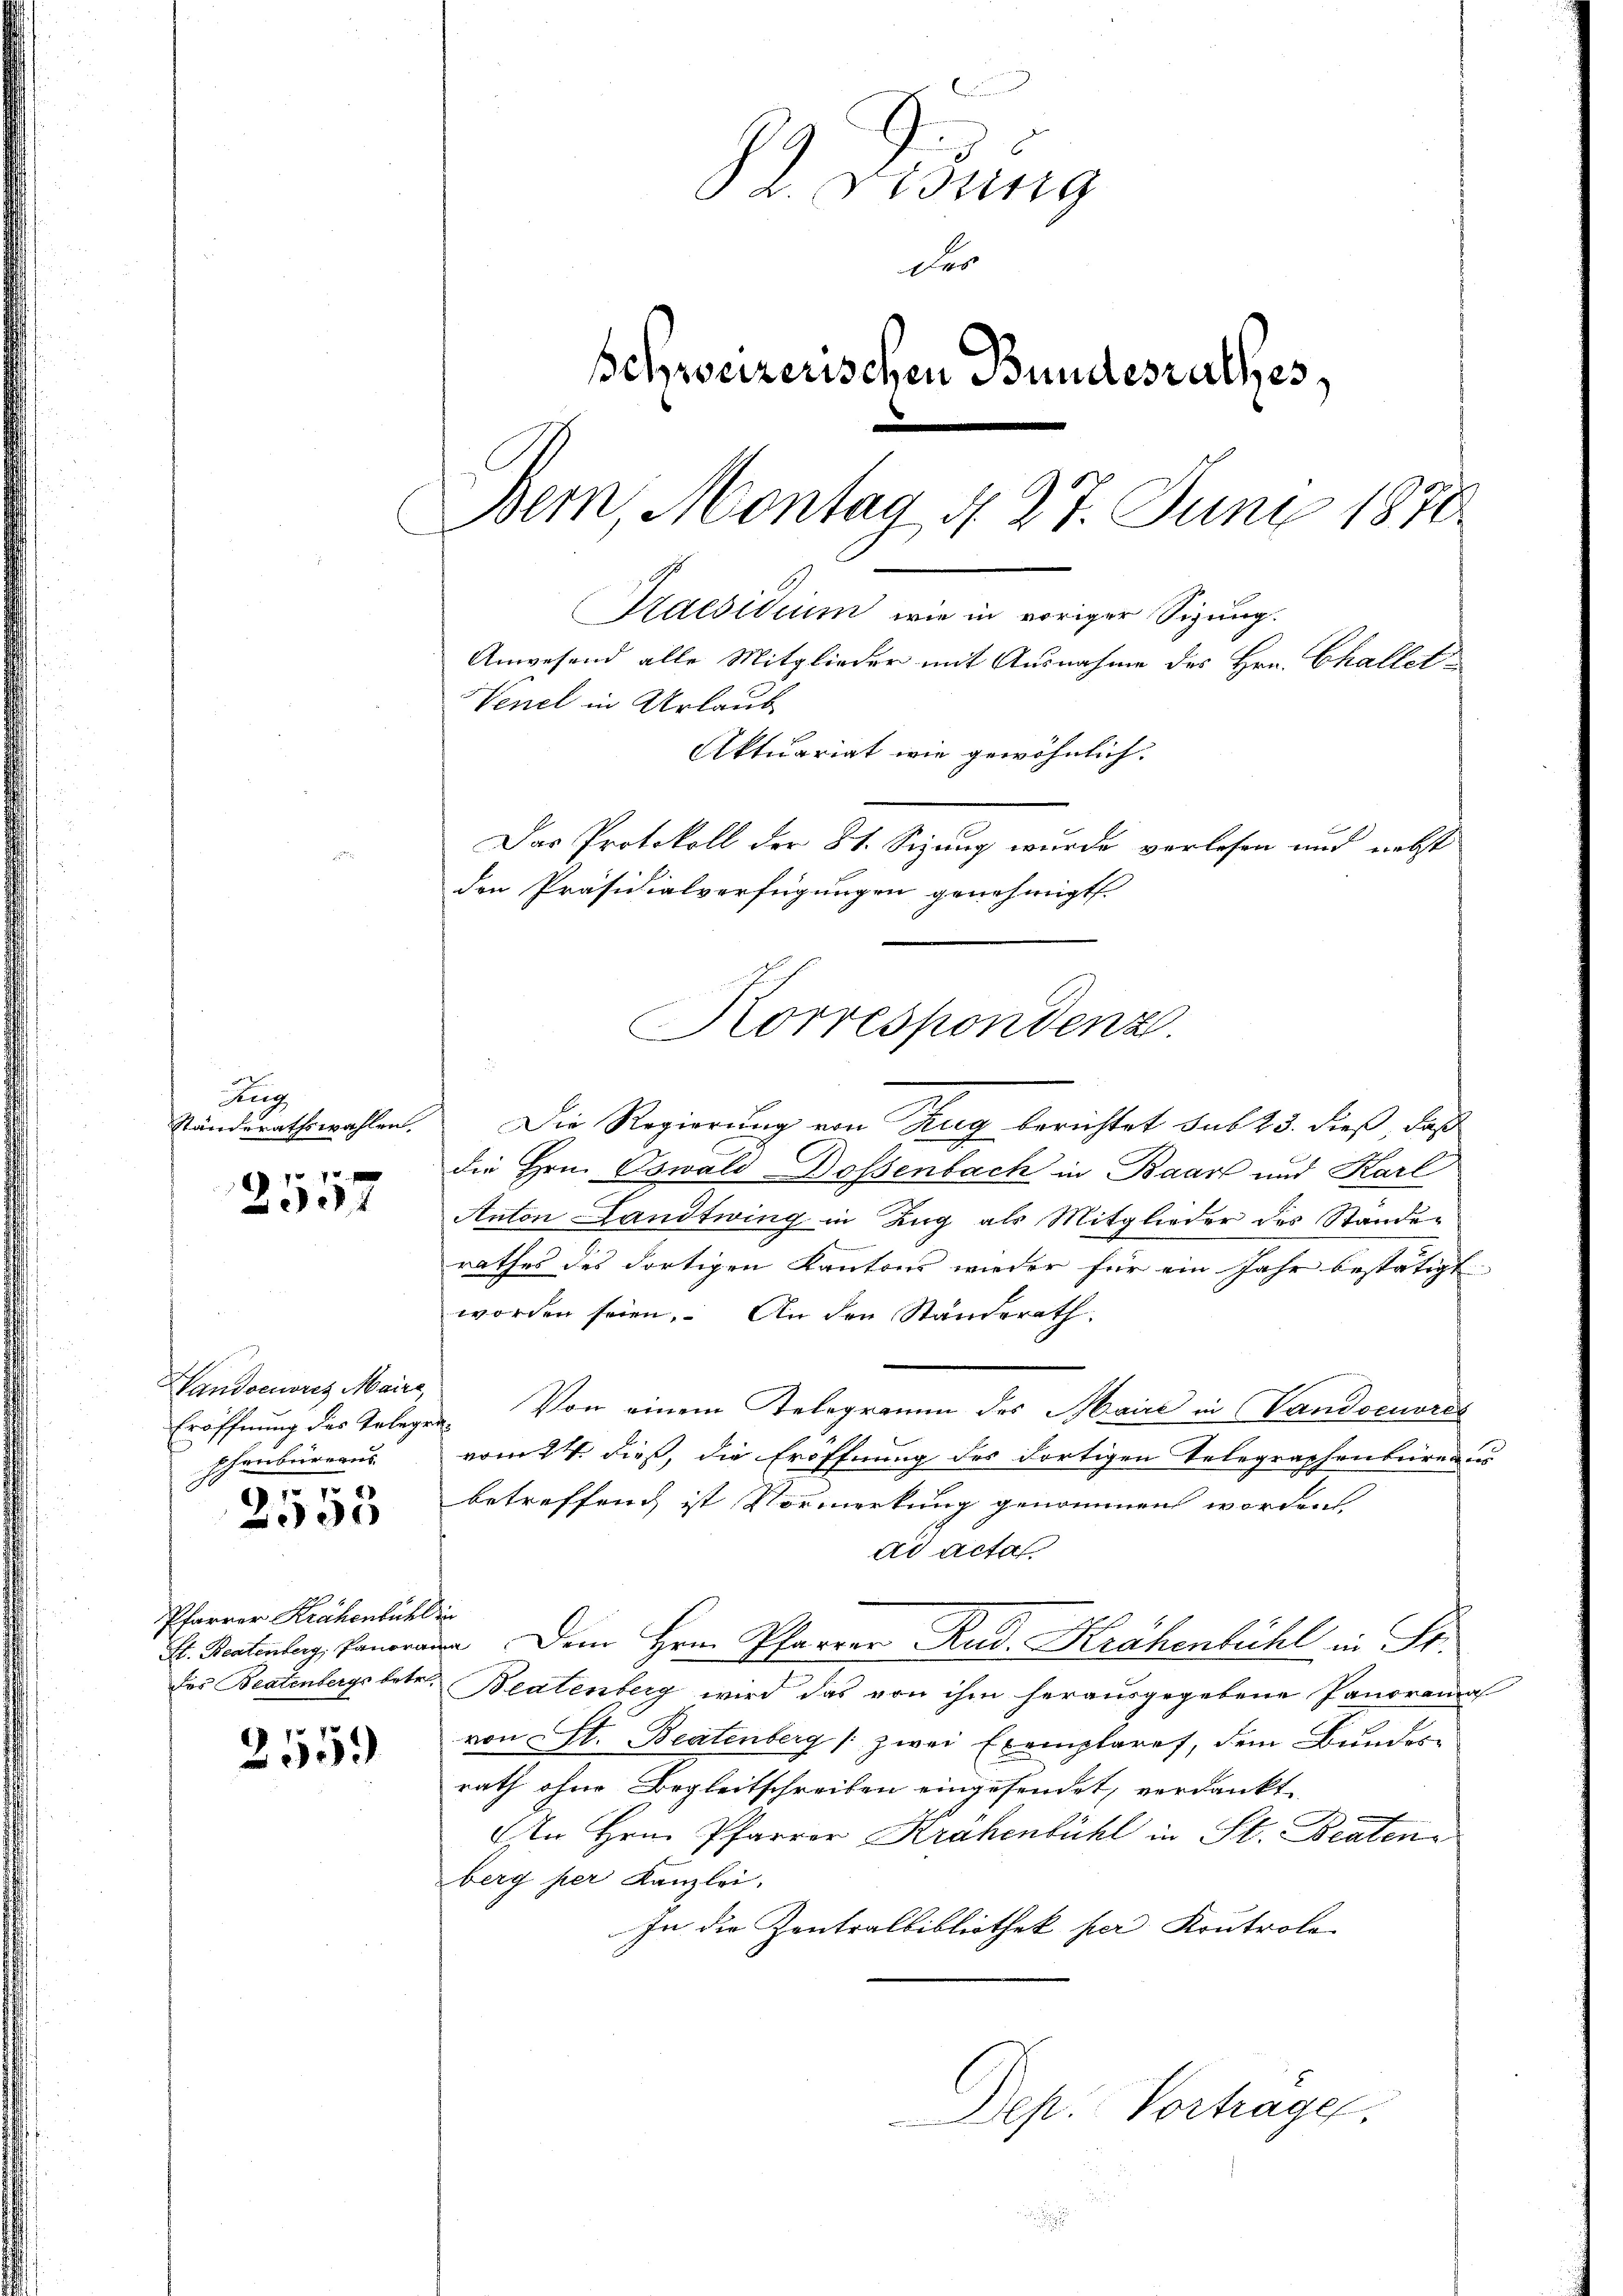
Aug
Ständerathswahlen.

2557

Vandoenoritz Maire,
Eröffnung des Gelegen
schenbüreaus
977.

e

Pfarrer Krähenbühl
St. Beatenberg, Panorar
des Beatenbergs betr.

2559

Ph. Sisting
des
schweizerischen Bundesrathes,
Bern Montag d. 27. Juni 1870
Kaesidium wie in voriger Sigung.
Anwesend alle Mitglieder mit Ausnahme des Hrn. Challet
Venel in Urlaub
Aktuariat wie gewöhnlich:
Das Protokoll der 8t. Sizung wurde verlesen und nebst
den Präsidialverfügungen genehmigt.

Korrespondenz

Die Regierung von Zug berichtet sub 23. dieß, daß
die Hrn. Oswald Dossenbach in Baar und Karl
Anton Landtwing in Zug als Mitglieder des Standerathes des dortigen Kantons wieder für ein Jahr bestätigt
worden seien. An den Ständerath
 Von einem Telegramm des Maire in Vandoeuvres
vom 24. dieß, die Eröffnung des dortigen Telegraphenbureaus
betreffend ist Vormerkung genommen worden
ad acta
hi
n Dem Hrn. Pfarrer Rud. Krähenbühl in St.
Beatenberg wird das von ihm herausgegebene Panorama
von St. Beatenberg (zwei Exemplares, dem Bunden
rath ohne Begleitschreiben eingefendet, verdankt,
An Hrn. Pfarrer Krahenbühl in St. Beaten
berg per Kanzlei.
In die Zentralbibliothek per Kontrolo-
Dep. Vortrage,